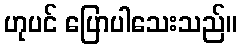
ဟုပင် ပြောပါသေးသည်။